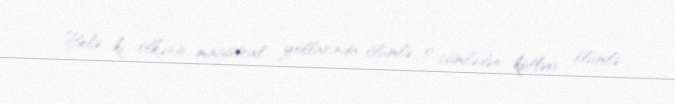
Belə ki, ölkənin magistral yollarında ölümlə, o cümlədən kütləvi ölümlə